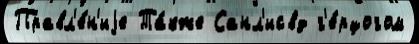
Правл'е́н'иjе Та́кже Санл'исвд г'е́рцогом